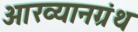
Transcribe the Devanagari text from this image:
आख्यानग्रंथ